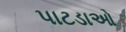
પાટડાઓ